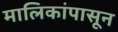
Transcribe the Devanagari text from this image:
मालिकांपासून